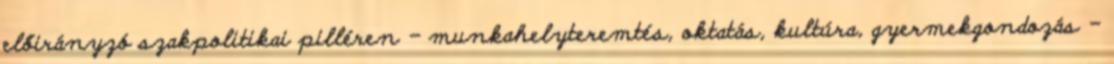
előirányzó szakpolitikai pilléren - munkahelyteremtés, oktatás, kultúra, gyermekgondozás -